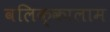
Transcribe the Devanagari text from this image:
वलिक्कालाम